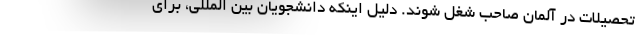
تحصیلات در آلمان صاحب شغل شوند. دلیل اینکه دانشجویان بین المللی، برای